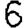
Digit: 6